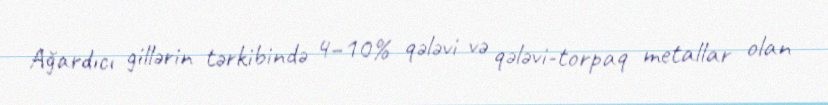
Ağardıcı gillərin tərkibində 4–10% qələvi və qələvi-torpaq metallar olan